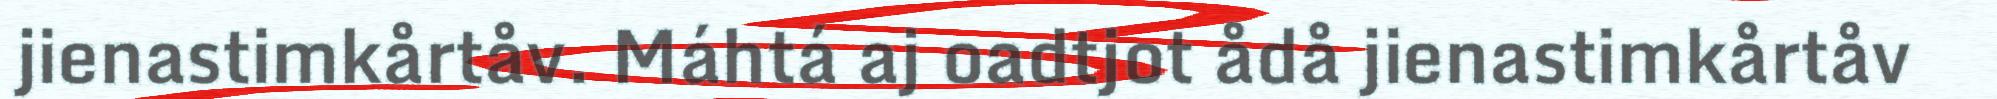
jienastimkårtåv. Máhtá aj oadtjot ådå jienastimkårtåv